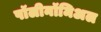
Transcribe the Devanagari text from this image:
पॉलीनॉमिअल